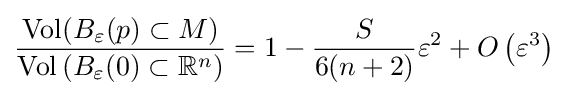
{\frac {\operatorname {Vol} (B_{\varepsilon }(p)\subset M)}{\operatorname {Vol} \left(B_{\varepsilon }(0)\subset {\mathbb {R} }^{n}\right)}}=1-{\frac {S}{6(n+2)}}\varepsilon ^{2}+O\left(\varepsilon ^{3}\right)